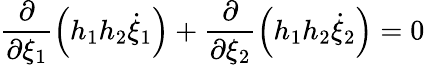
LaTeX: \frac{\partial}{\partial\xi_{1}}\left(h_{1}h_{2}\dot{\xi}_{1}\right)+\frac{\partial}{\partial\xi_{2}}\left(h_{1}h_{2}\dot{\xi}_{2}\right)=0